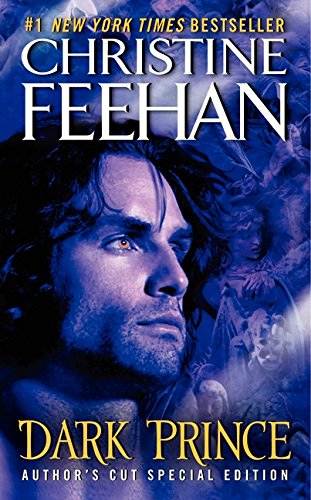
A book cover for Dark Prince: Author's Cut Special Edition (Dark Series); Christine Feehan; Romance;